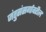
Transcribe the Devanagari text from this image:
जंतुसंसर्गावरील